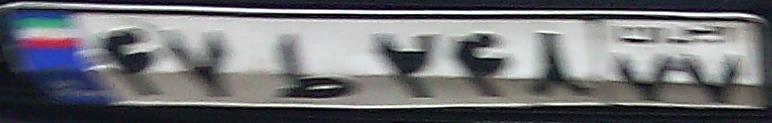
۴۷ط۲۴۸۷۷